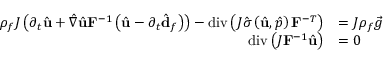
\begin{array} { r l } { \rho _ { f } J \left( \partial _ { t } \hat { \mathbf { u } } + \hat { \nabla } \hat { \mathbf { u } } \mathbf { F } ^ { - 1 } \left( \hat { \mathbf { u } } - \partial _ { t } \hat { \mathbf { d } } _ { f } \right) \right) - \operatorname { d i v } \left( J \hat { \boldsymbol { \sigma } } \left( \hat { \mathbf { u } } , \hat { p } \right) \mathbf { F } ^ { - T } \right) } & { = J \rho _ { f } \vec { g } \quad } \\ { \operatorname { d i v } \left( J \mathbf { F } ^ { - 1 } \hat { \mathbf { u } } \right) } & { = 0 \quad } \end{array}